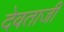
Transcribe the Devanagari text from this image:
देवताजी